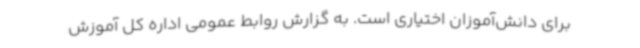
برای دانش‌آموزان اختیاری است. به گزارش روابط عمومی اداره کل آموزش